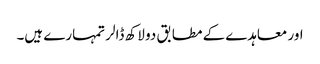
اور معاہدے کے مطابق دو لاکھ ڈالر تمہارے ہیں۔